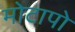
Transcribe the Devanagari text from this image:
मोटापो